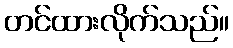
တင်ထားလိုက်သည်။